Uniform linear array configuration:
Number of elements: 32
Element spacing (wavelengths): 1
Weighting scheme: binomial
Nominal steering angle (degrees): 45
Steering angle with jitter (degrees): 46.119
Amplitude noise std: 0.05
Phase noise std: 0.05

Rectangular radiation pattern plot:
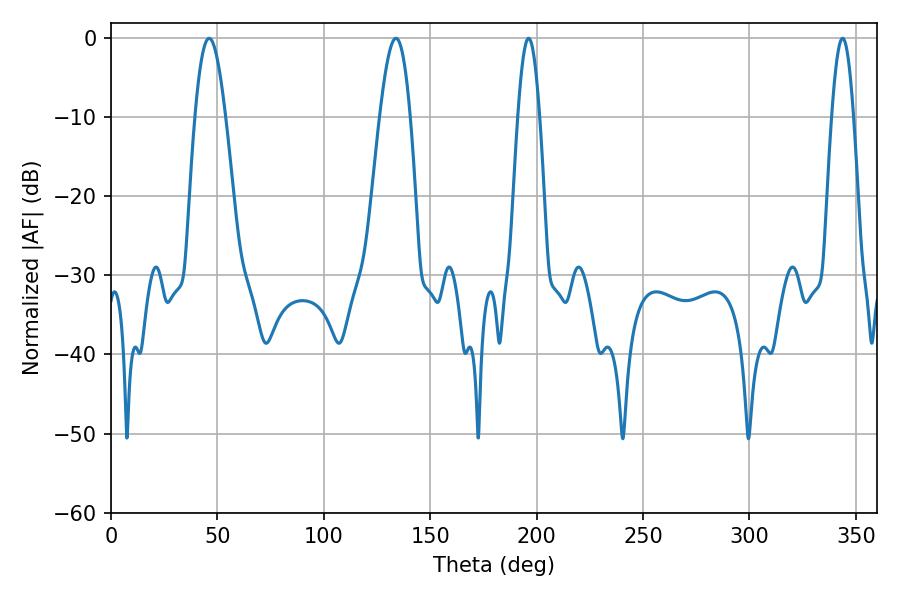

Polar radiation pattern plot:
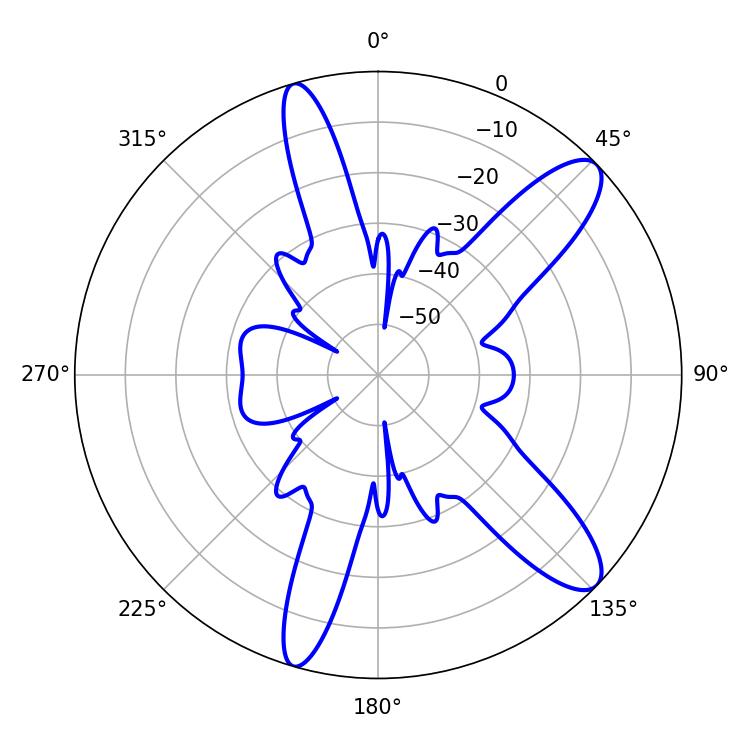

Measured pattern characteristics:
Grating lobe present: TRUE
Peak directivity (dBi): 11.128
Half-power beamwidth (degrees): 7.56
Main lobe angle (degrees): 46.08